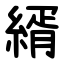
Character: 縃